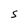
Character: S